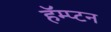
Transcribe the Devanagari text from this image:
हॅम्प्टन